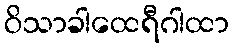
ဝိသာခါထေရီဂါထာ